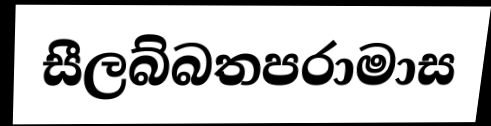
සීලබ්බතපරාමාස